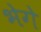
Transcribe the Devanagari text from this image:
भेगे